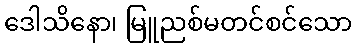
ဒေါသိနော၊ မြူညစ်မတင်စင်သော